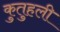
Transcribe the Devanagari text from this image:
कुतुहली